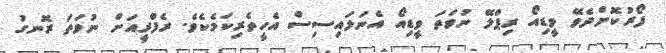
ފޯރުކޮށްދެވޭ ވީޑިއޯ ރިޕްލޭ ނުވަތަ ވީޑިއޯ އެނަލައިސިސް އެހީތެރިކަމެކެވެ. ރެފްރީއަށް ނުވަތަ ރޮނގު